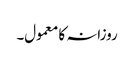
روزانہ کا معمول۔